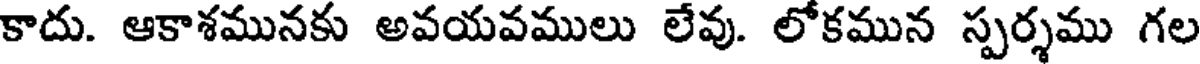
కాదు. ఆకాశమునకు అవయవములు లేవు. లోకమున స్పర్శము గల